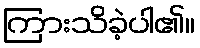
ကြားသိခဲ့ပါ၏။